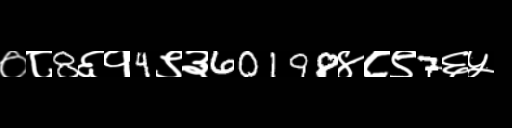
Text: ०८8६१4९३60198४८९7६५